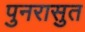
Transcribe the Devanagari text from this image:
पुनरासुत